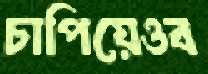
চাপিয়েওব